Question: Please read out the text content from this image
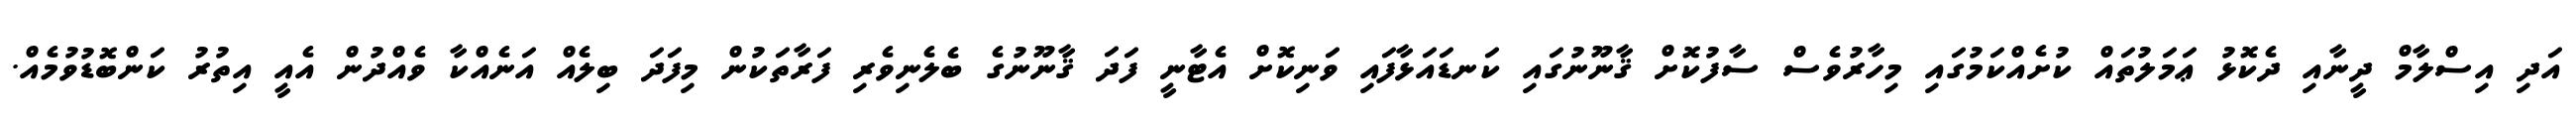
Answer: އަދި އިސްލާމް ދީނާއި ދެކޮޅު ޢަމަލުތައް ކުށެއްކަމުގައި މިހާރުވެސް ސާފުކޮށް ޤާނޫނުގައި ކަނޑައަޅާފައި ވަނިކޮށް އެޓާނީ ފަދަ ޤާނޫނުގެ ބެލެނިވެރި ފަރާތަކުން މިފަދަ ބިލެއް އަނެއްކާ ވެއްދުން އެއީ އިތުރު ކަންބޮޑުވުމެއް.